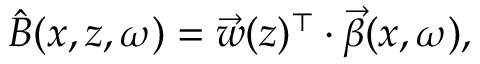
\hat { B } ( x , z , \omega ) = \vec { w } ( z ) ^ { \top } \cdot \vec { \beta } ( x , \omega ) ,